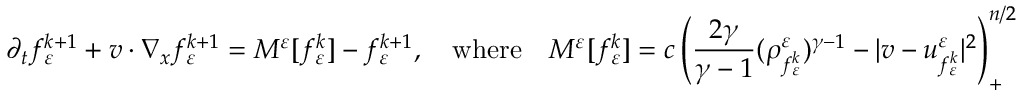
\partial _ { t } f _ { \varepsilon } ^ { k + 1 } + v \cdot \nabla _ { x } f _ { \varepsilon } ^ { k + 1 } = M ^ { \varepsilon } [ f _ { \varepsilon } ^ { k } ] - f _ { \varepsilon } ^ { k + 1 } , \quad \mathrm { w h e r e } \quad M ^ { \varepsilon } [ f _ { \varepsilon } ^ { k } ] = c \left( \frac { 2 \gamma } { \gamma - 1 } ( \rho _ { f _ { \varepsilon } ^ { k } } ^ { \varepsilon } ) ^ { \gamma - 1 } - | v - u _ { f _ { \varepsilon } ^ { k } } ^ { \varepsilon } | ^ { 2 } \right) _ { + } ^ { n / 2 }